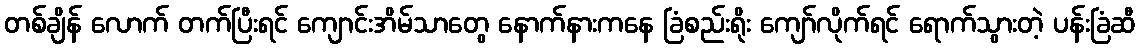
တစ်ချိန် လောက် တက်ပြီးရင် ကျောင်းအိမ်သာတွေ နောက်နားကနေ ခြံစည်းရိုး ကျော်လိုက်ရင် ရောက်သွားတဲ့ ပန်းခြံဆီ